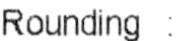
ROUNDING :